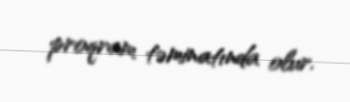
proqram təminatında olur.